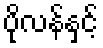
ပိုလန်နှင့်